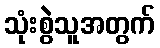
သုံးစွဲသူအတွက်